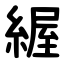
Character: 䌂